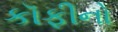
કૉફીનો